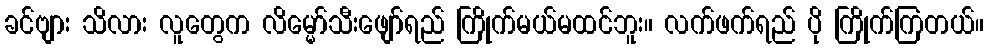
ခင်ဗျား သိလား လူတွေက လိမ္မော်သီးဖျော်ရည် ကြိုက်မယ်မထင်ဘူး။ လက်ဖက်ရည် ပို ကြိုက်ကြတယ်။